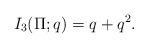
LaTeX: \begin{align*}I_3(\Pi;q) = q + q^2.\end{align*}